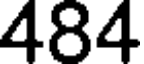
484